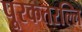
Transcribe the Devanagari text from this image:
पूरकतरल्लि